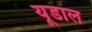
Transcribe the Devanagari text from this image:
यूडाल